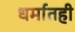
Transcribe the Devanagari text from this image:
धर्मातही